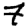
Digit: 7